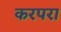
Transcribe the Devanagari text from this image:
करपरा